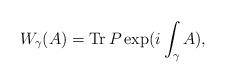
LaTeX: \begin{align*}W_\gamma(A) = {\rm Tr} \, P \exp( i\int_\gamma A),\end{align*}